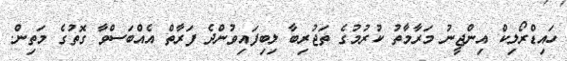
ހައިޑްރޯލިކް އިންޖީނު މަރާމާތު ކުރުމުގެ ތަޖުރިބާ ލިބިފައިވުންދެ ފަރާތް އެއްބަސްވާ ގޮތުގެ މަތިން.